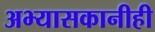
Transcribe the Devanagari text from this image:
अभ्यासकानीही